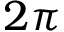
2 \pi